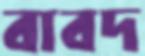
বাবদ